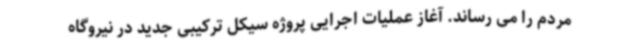
مردم را می رساند. آغاز عملیات اجرایی پروژه سیکل ترکیبی جدید در نیروگاه